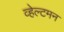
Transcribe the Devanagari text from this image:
व्हेल्टमन